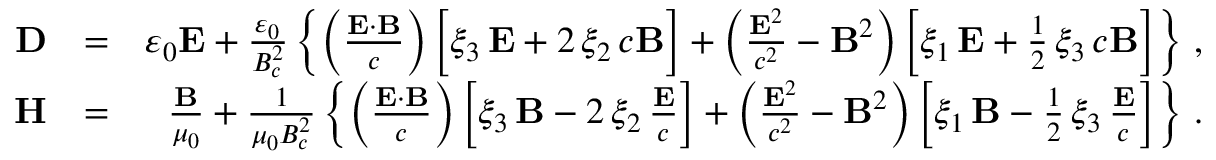
\begin{array} { r l r } { { \bf D } } & { = } & { \varepsilon _ { 0 } { \bf E } + \frac { \varepsilon _ { 0 } } { B _ { c } ^ { 2 } } \left\{ \left( \frac { { \bf E } \cdot { \bf B } } { c } \right) \bigg [ \xi _ { 3 } \, { \bf E } + 2 \, \xi _ { 2 } \, c { \bf B } \bigg ] + \left( \frac { { \bf E } ^ { 2 } } { c ^ { 2 } } - { \bf B } ^ { 2 } \right) \left[ \xi _ { 1 } \, { \bf E } + \frac { 1 } { 2 } \, \xi _ { 3 } \, c { \bf B } \right] \right\} \, , } \\ { { \bf H } } & { = } & { \frac { { \bf B } } { \mu _ { 0 } } + \frac { 1 } { \mu _ { 0 } B _ { c } ^ { 2 } } \left\{ \left( \frac { { \bf E } \cdot { \bf B } } { c } \right) \left[ \xi _ { 3 } \, { \bf B } - 2 \, \xi _ { 2 } \, \frac { { \bf E } } { c } \right] + \left( \frac { { \bf E } ^ { 2 } } { c ^ { 2 } } - { \bf B } ^ { 2 } \right) \left[ \xi _ { 1 } \, { \bf B } - \frac { 1 } { 2 } \, \xi _ { 3 } \, \frac { { \bf E } } { c } \right] \right\} \, . } \end{array}